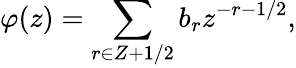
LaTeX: \varphi(z)=\sum_{r\in Z+1/2}b_{r}z^{-r-1/2},